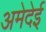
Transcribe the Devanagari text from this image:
अमेदेई